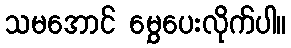
သမအောင် မွှေပေးလိုက်ပါ။